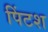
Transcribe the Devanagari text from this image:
पिंटश